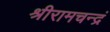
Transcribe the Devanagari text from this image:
श्रीरामचन्द्रं